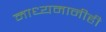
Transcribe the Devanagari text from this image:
माध्यमानीही